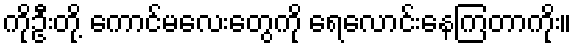
ကိုဦးတို့ ကောင်မလေးတွေကို ရေလောင်းနေကြတာကိုး။